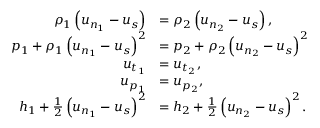
\begin{array} { r l } { \rho _ { 1 } \left( u _ { n _ { 1 } } - u _ { s } \right) } & { = \rho _ { 2 } \left( u _ { n _ { 2 } } - u _ { s } \right) , } \\ { p _ { 1 } + \rho _ { 1 } \left( u _ { n _ { 1 } } - u _ { s } \right) ^ { 2 } } & { = p _ { 2 } + \rho _ { 2 } \left( u _ { n _ { 2 } } - u _ { s } \right) ^ { 2 } } \\ { u _ { t _ { 1 } } } & { = u _ { t _ { 2 } } , } \\ { u _ { p _ { 1 } } } & { = u _ { p _ { 2 } } , } \\ { h _ { 1 } + \frac { 1 } { 2 } \left( u _ { n _ { 1 } } - u _ { s } \right) ^ { 2 } } & { = h _ { 2 } + \frac { 1 } { 2 } \left( u _ { n _ { 2 } } - u _ { s } \right) ^ { 2 } . } \end{array}